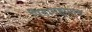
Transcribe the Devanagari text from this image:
पितामहोपात्त